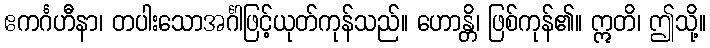
ဧကင်္ဂဟီနာ၊ တပါးသောအင်္ဂါဖြင့်ယုတ်ကုန်သည်။ ဟောန္တိ၊ ဖြစ်ကုန်၏။ ဣတိ၊ ဤသို့။